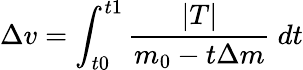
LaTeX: \Delta v=\int_{t0}^{t1}{\frac{|T|}{{m_{0}}-{t}\Delta{m}}}~dt